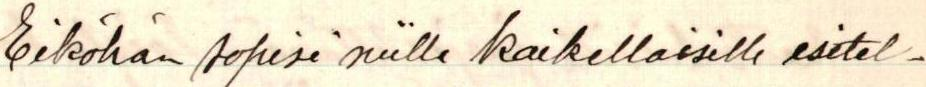
Eiköhän sopisi niille kaikellaisille esitel-